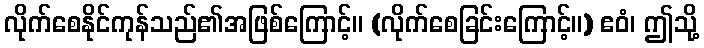
လိုက်စေနိုင်ကုန်သည်၏အဖြစ်ကြောင့်။ (လိုက်စေခြင်းကြောင့်။) ဧဝံ၊ ဤသို့